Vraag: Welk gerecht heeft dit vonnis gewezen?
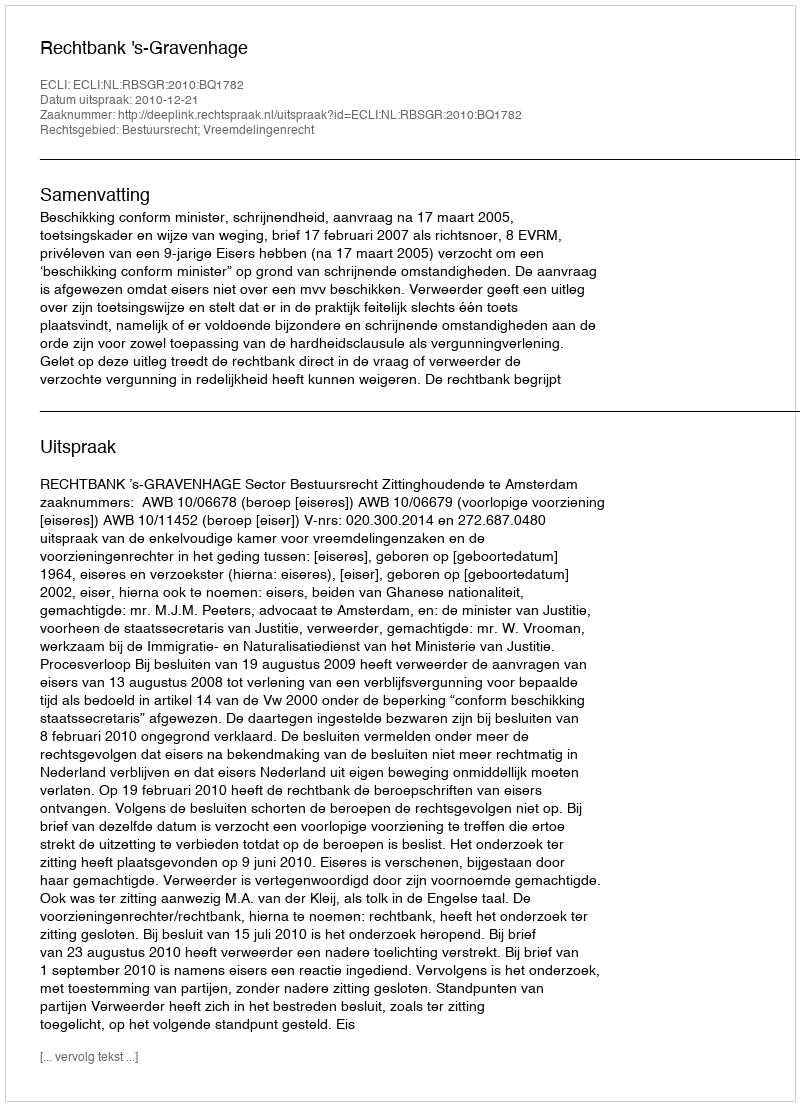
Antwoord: Rechtbank 's-Gravenhage